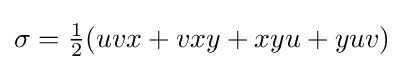
\sigma ={\tfrac {1}{2}}(uvx+vxy+xyu+yuv)